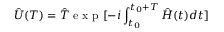
\hat { U } ( T ) = \hat { T } \mathrm { ~ e ~ x ~ p ~ } [ - i \int _ { t _ { 0 } } ^ { t _ { 0 } + T } \hat { H } ( t ) d t ]